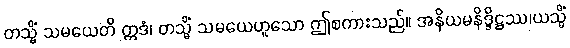
တသ္မိံ သမယေတိ ဣဒံ၊ တသ္မိံ သမယေဟူသော ဤစကားသည်။ အနိယမနိဒ္ဒိဋ္ဌဿ၊ယသ္မိံ